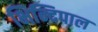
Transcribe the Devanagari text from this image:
भिन्दिपाल